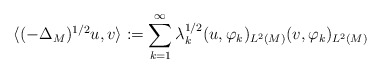
\begin{align*}\langle (-\Delta_M)^{1\slash 2}u, v \rangle := \sum_{k=1}^\infty \lambda_k^{1\slash 2}(u,\varphi_k)_{L^2(M)}(v,\varphi_k)_{L^2(M)}\end{align*}